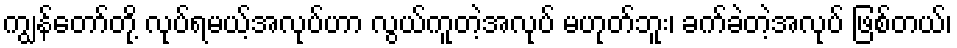
ကျွန်တော်တို့ လုပ်ရမယ့်အလုပ်ဟာ လွယ်ကူတဲ့အလုပ် မဟုတ်ဘူး၊ ခက်ခဲတဲ့အလုပ် ဖြစ်တယ်၊